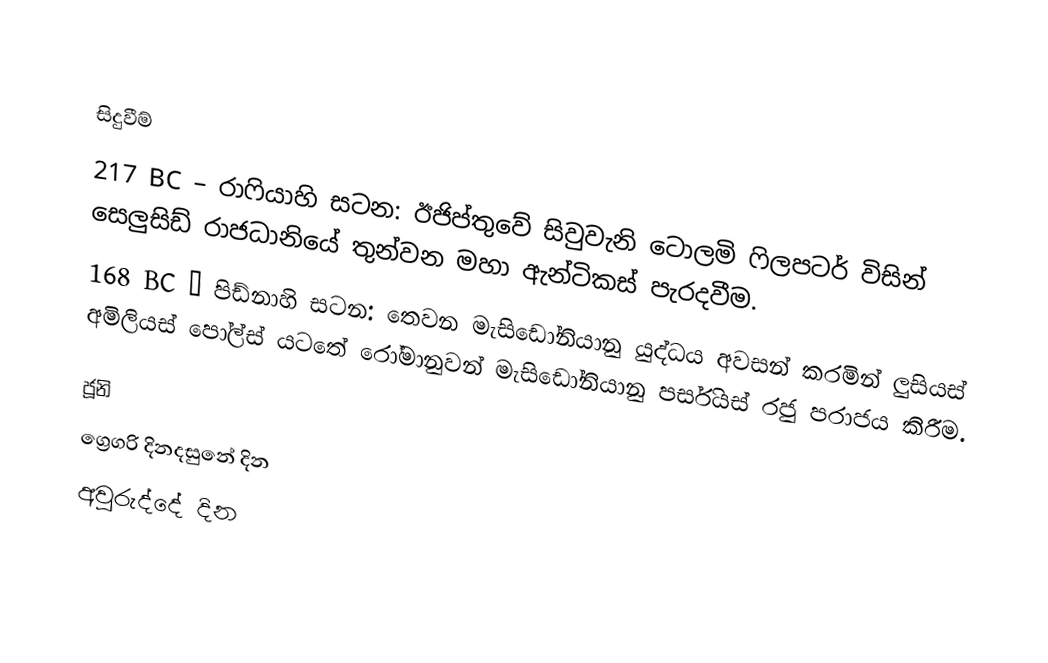

සිදුවීම්
217 BC – රාෆියාහි සටන: ඊජිප්තුවේ සිවුවැනි ටොලමි ෆිලපටර් විසින් සෙලුසිඩ් රාජධානියේ තුන්වන මහා ඇන්ටිකස්  පැරදවීම.
168 BC – පිඩ්නාහි සටන: තෙවන මැසිඩෝනියානු යුද්ධය අවසන් කරමින් ලුසියස් අමිලියස් පෝල්ස් යටතේ රෝමානුවන් මැසිඩෝනියානු පර්සියස් රජු පරාජය කිරීම.

ජූනි
ග්‍රෙගරි දිනදසුනේ දින
අවුරුද්දේ දින